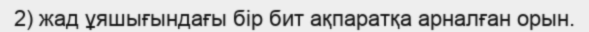
2) жад ұяшығындағы бір бит ақпаратқа арналған орын.